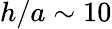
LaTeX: h/a\sim 10